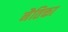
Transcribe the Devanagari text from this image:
नैतिक्ता